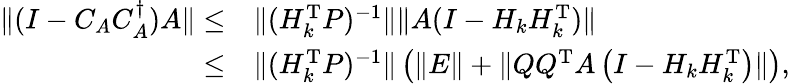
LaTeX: \begin{array}{rl}{\| (I-C_{A}C_{A}^{\dagger})A\| \le}&{\| (H_{k}^{\mathrm{T}}P)^{-1}\| \| A(I-H_{k}H_{k}^{\mathrm{T}})\| }\\ {\le}&{\| (H_{k}^{\mathrm{T}}P)^{-1}\| \left(\| E\| +\| QQ^{\mathrm{T}}A\left(I-H_{k}H_{k}^{\mathrm{T}}\right)\| \right),}\end{array}